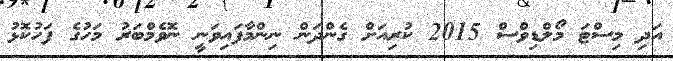
އަދި މިސްޓަ މޯލްޑިވްސް 2015 ކުރިއަށް ގެންދަން ނިންމާފައިވަނީ ނޮވެމްބަރު މަހުގެ ފަހުކޮޅު